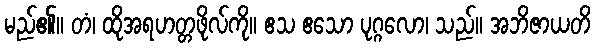
မည်၏။ တံ၊ ထိုအရဟတ္တဖိုလ်ကို။ ဧသ ဧသော ပုဂ္ဂလော၊ သည်။ အဘိဇာယတိ